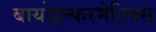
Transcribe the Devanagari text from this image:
बायोइन्फरमेटिक्स